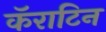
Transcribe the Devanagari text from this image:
कॅराटिन